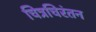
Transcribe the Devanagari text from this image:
चित्रचिरंतन